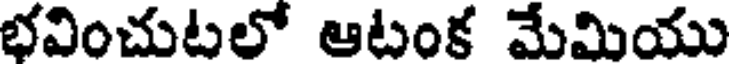
భవించుటలో ఆటంక మేమియు